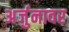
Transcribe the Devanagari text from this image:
अर्जुनावर